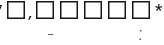
-      :